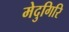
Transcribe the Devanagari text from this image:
मेदुगिरि